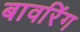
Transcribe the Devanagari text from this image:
बावरिंग